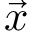
\vec { x }